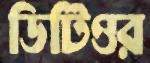
ডিটিওর